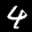
Label: 4